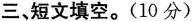
三、短文填空。( 1 0 分 )